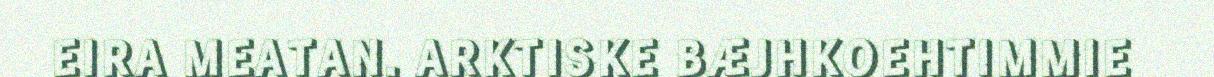
EIRA MEATAN. ARKTISKE BÆJHKOEHTIMMIE